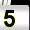
Digit: 5